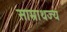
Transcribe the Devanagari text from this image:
साम्राथज्य